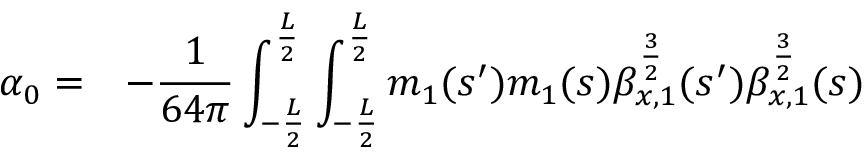
\begin{array} { c l } { \displaystyle \alpha _ { 0 } = } & { \displaystyle - \frac { 1 } { 6 4 \pi } \int _ { - \frac { L } { 2 } } ^ { \frac { L } { 2 } } { \int _ { - \frac { L } { 2 } } ^ { \frac { L } { 2 } } { m _ { 1 } ( s ^ { \prime } ) m _ { 1 } ( s ) \beta _ { x , 1 } ^ { \frac { 3 } { 2 } } ( s ^ { \prime } ) \beta _ { x , 1 } ^ { \frac { 3 } { 2 } } ( s ) } } } \end{array}